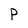
Character: r